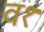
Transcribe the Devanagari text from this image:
व१